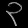
Digit: ၃